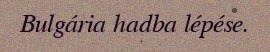
Bulgária hadba lépése.